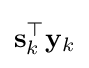
\mathbf {s} _{k}^{\top }\mathbf {y} _{k}